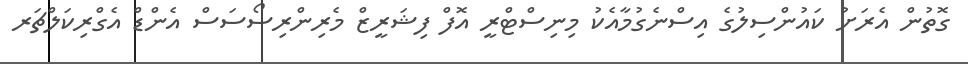
ގޮތުން އެރަށު ކައުންސިލުގެ އިސްނެގުމާއެކު މިނިސްޓްރީ އޮފް ފިޝަރީޒް މެރިންރިސޯސަސް އެންޑް އެގްރިކަލްޗަރ